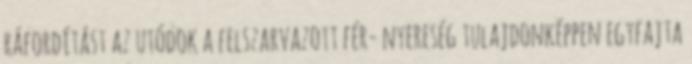
ráfordítást az utódok a felszarvazott fér- nyereség tulajdonképpen egyfajta